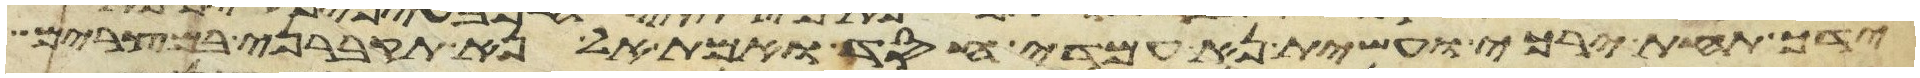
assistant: ידך תחת ירכי ועשית נא עמדי חסד ואמת אל נא תקברני במצרים